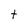
Character: t